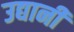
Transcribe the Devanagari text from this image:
उद्यानी